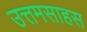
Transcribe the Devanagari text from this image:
उत्तमसाहस